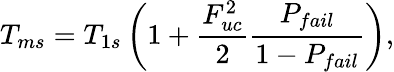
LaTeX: T_{ms}=T_{1s}\left(1+\frac{F_{uc}^{2}}{2}\frac{P_{fail}}{1-P_{fail}}\right),